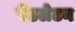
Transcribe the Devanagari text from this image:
पेंडलेटन